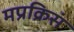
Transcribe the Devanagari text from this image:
मप्रक्रिसं